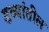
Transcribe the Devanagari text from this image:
डब्यांतील